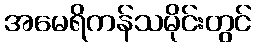
အမေရိကန်သမိုင်းတွင်